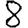
Digit: 8